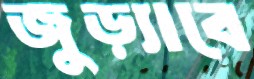
জুড়্যাবে